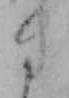
き